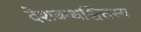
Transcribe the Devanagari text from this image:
देशबन्धश्चित्तस्य